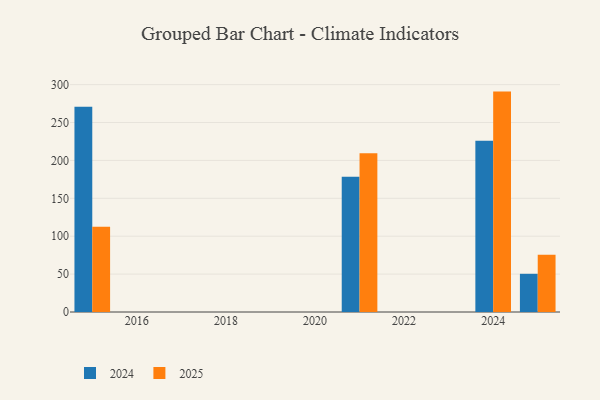
{"axis": {"x": "Year", "y": "Satisfaction Score"}, "legend": ["2024", "2025"], "data": [{"x": "2015", "y": 270.9, "type": "2024"}, {"x": "2015", "y": 112.5, "type": "2025"}, {"x": "2021", "y": 178.6, "type": "2024"}, {"x": "2021", "y": 209.6, "type": "2025"}, {"x": "2025", "y": 50.4, "type": "2024"}, {"x": "2025", "y": 75.5, "type": "2025"}, {"x": "2024", "y": 226.0, "type": "2024"}, {"x": "2024", "y": 290.8, "type": "2025"}]}